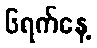
၆ရက်နေ့